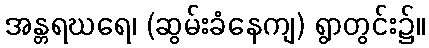
အန္တရဃရေ၊ (ဆွမ်းခံနေကျ) ရွာတွင်း၌။